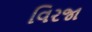
વિરજા